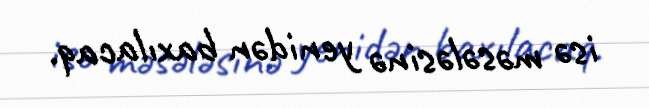
isə məsələsinə yenidən baxılacaq.